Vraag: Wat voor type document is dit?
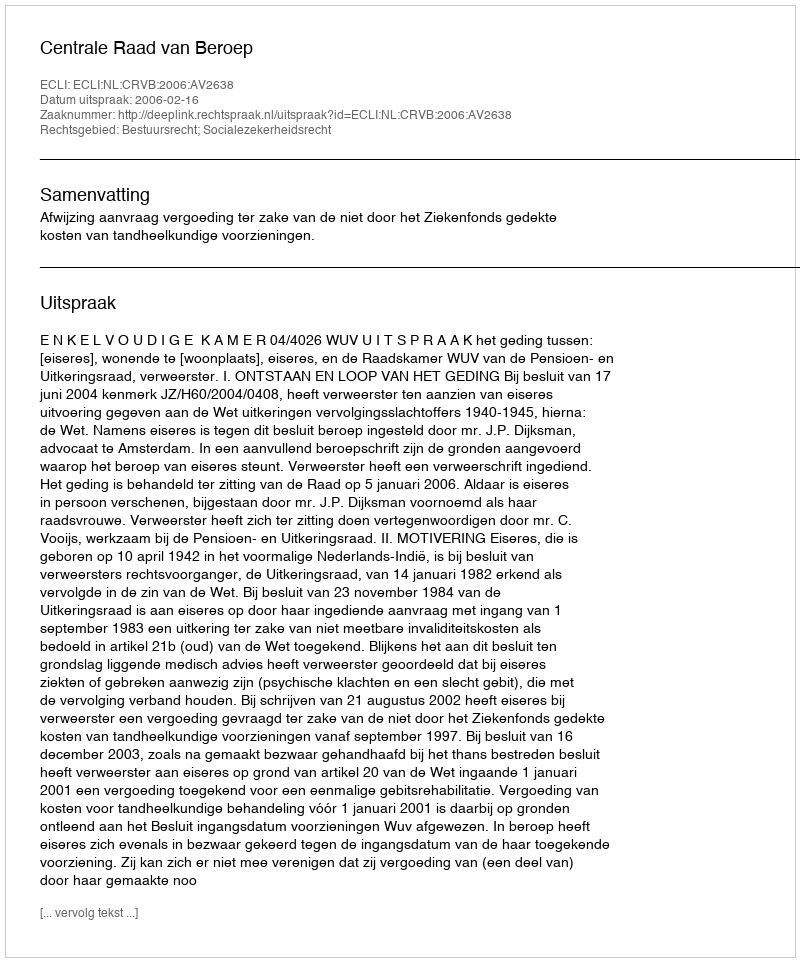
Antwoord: Uitspraak